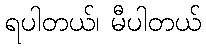
ရပါတယ်၊ မီပါတယ်